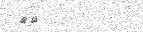
٢٧